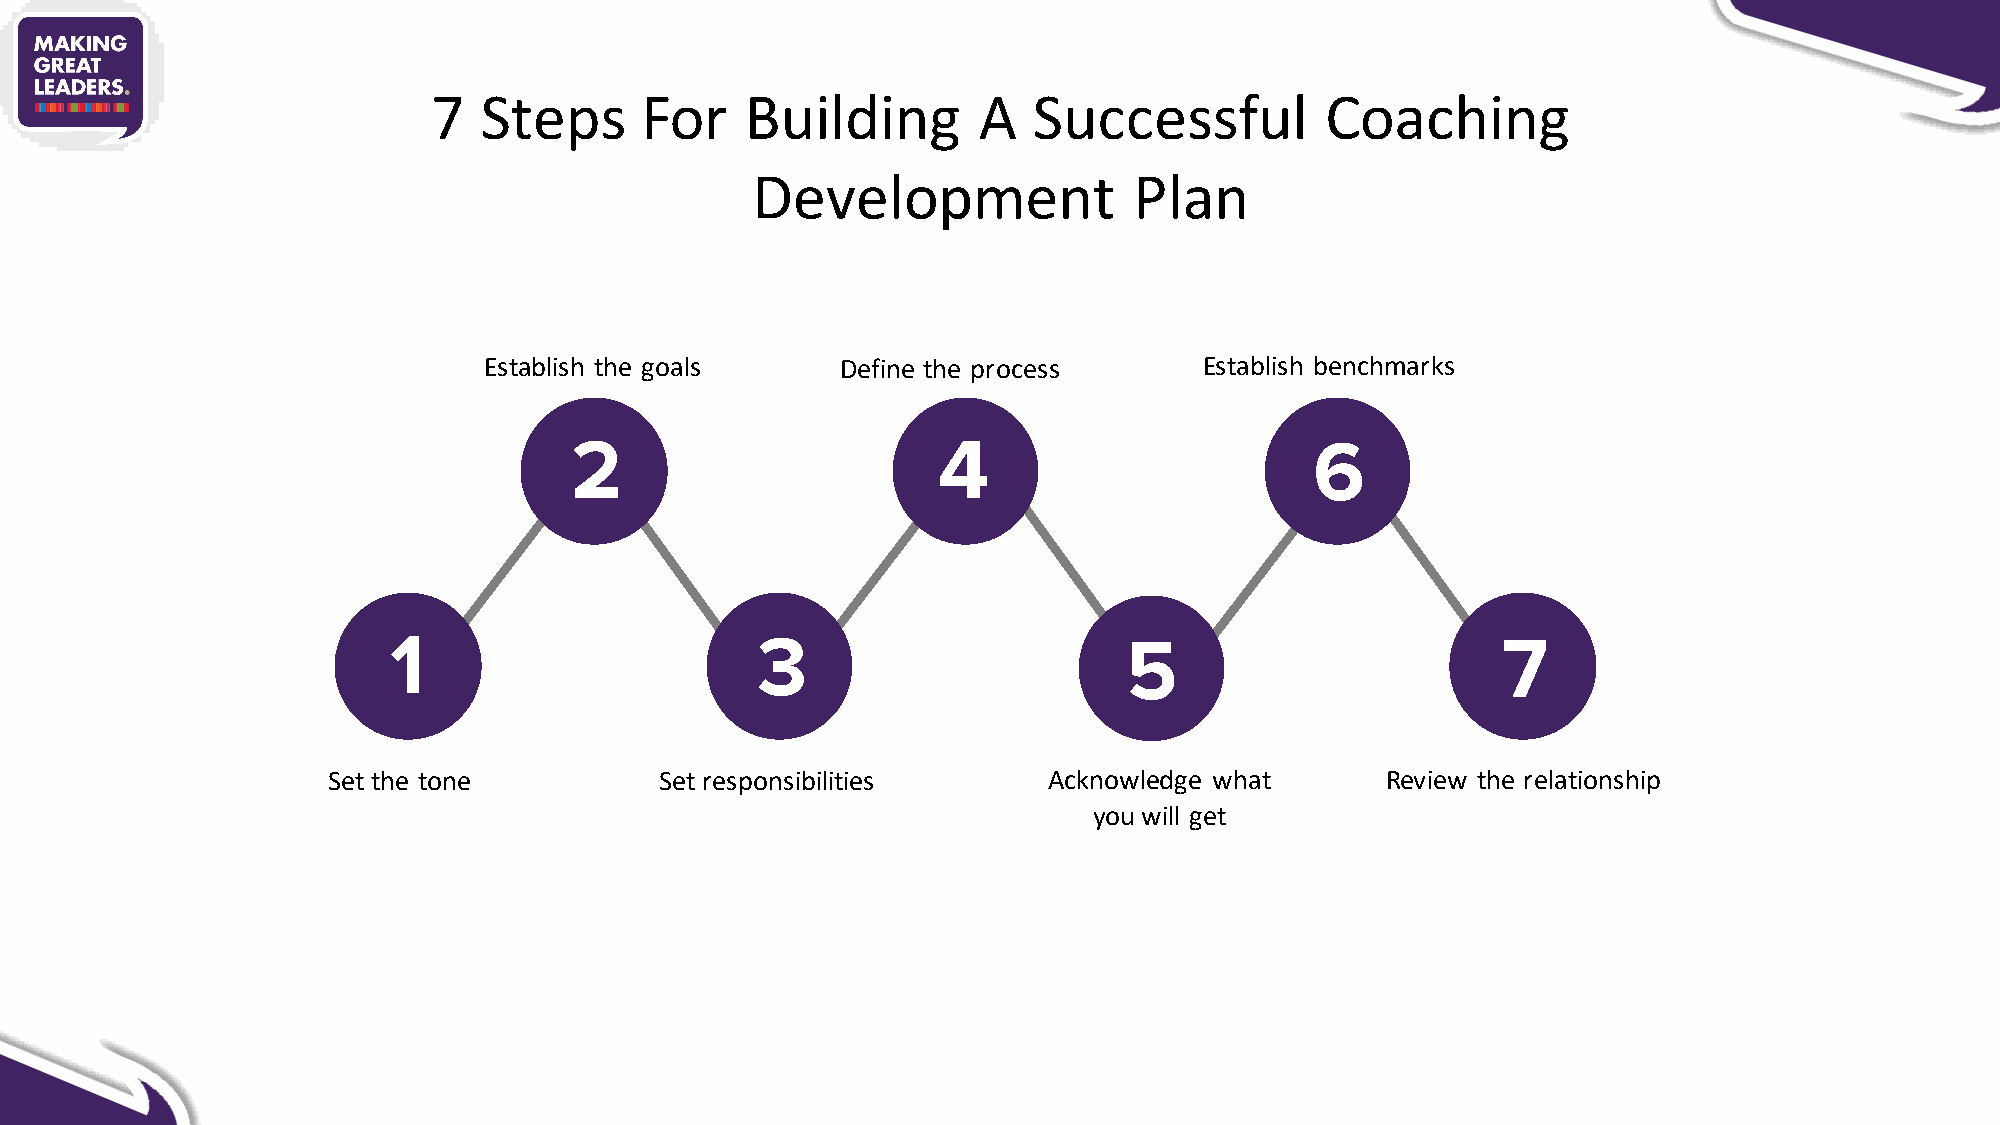
7  Steps     For    Building        A  Successful          Coaching
 Development              Plan
 Establish the goals     Define the process      Establish benchmarks
 Set the tone          Set responsibilities     Acknowledge what       Review the relationship
 you will get